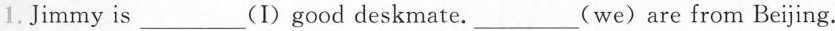
1.Jimmy is___(I)good deskmate.___(we) are from Beijing.